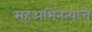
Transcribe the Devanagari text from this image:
सहअभिनेत्याचे